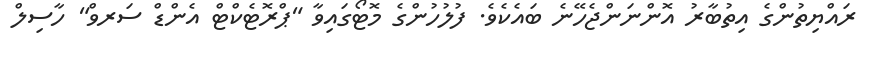
ރައްޔިތުންގެ އިތުބާރު އޮންނަންޖެހޭނެ ބައެކެވެ. ފުލުހުންގެ މޮޓޯގައިވާ "ޕްރޮޓެކްޓް އެންޑް ސަރވް" ހާސިލް